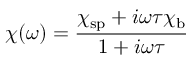
\chi ( \omega ) = { \frac { \chi _ { \mathrm { s p } } + i \omega \tau \chi _ { \mathrm { b } } } { 1 + i \omega \tau } }